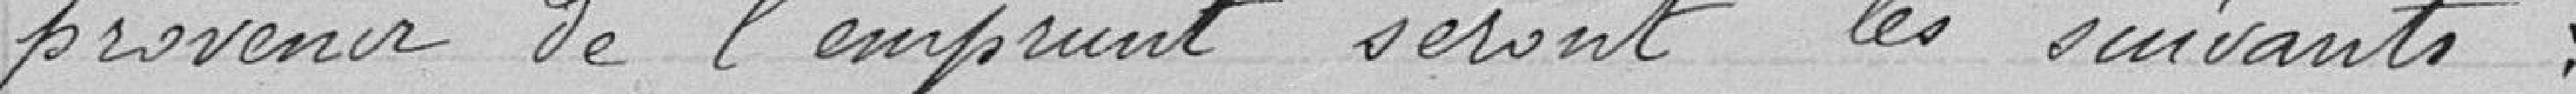
provenir de l'emprunt sont les suivants :